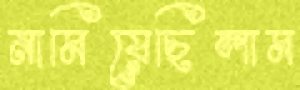
নামিয়েছিলাম